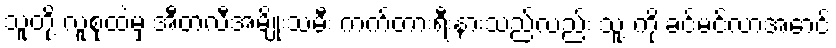
သူတို့ လူစုထဲမှ အီတလီအမျိုးသမီး ကက်တားရီးနားသည်လည်း သူ့ ကို ခင်မင်လာအောင်